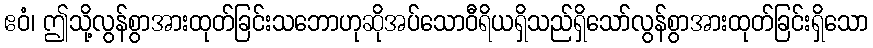
ဧဝံ၊ ဤသို့လွန်စွာအားထုတ်ခြင်းသဘောဟုဆိုအပ်သောဝီရိယရှိသည်ရှိသော်လွန်စွာအားထုတ်ခြင်းရှိသော